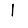
Digit: 1